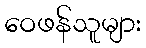
ဝေဖန်သူများ